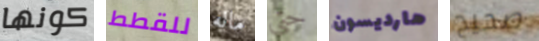
كونها للقطط ماله حتى هارديسون صحيح